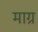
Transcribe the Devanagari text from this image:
माग्र